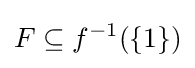
F\subseteq f^{-1}(\{1\})